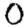
Digit: 0